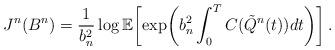
LaTeX: \begin{align*}J^n(B^n)=\frac{1}{b_n^2}\log\mathbb{E}\biggl[\exp\biggl(b_n^2\displaystyle\int_0^TC(\tilde{Q}^n(t))dt\biggr)\biggr]\,.\end{align*}